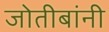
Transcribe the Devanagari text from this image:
जोतीबांनी